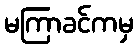
မကြာခင်ကမှ